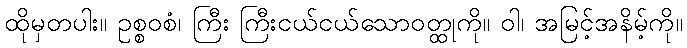
ထိုမှတပါး။ ဥစ္စဝစံ၊ ကြီး ကြီးငယ်ငယ်သောဝတ္ထုကို။ ဝါ၊ အမြင့်အနိမ့်ကို။